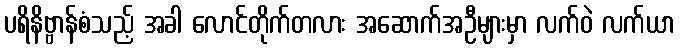
ပရိနိဗ္ဗာန်စံသည့် အခါ လောင်တိုက်တလား အဆောက်အဦများမှာ လက်ဝဲ လက်ယာ